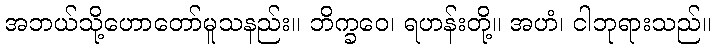
အဘယ်သို့ဟောတော်မူသနည်း။ ဘိက္ခဝေ၊ ရဟန်းတို့။ အဟံ၊ ငါဘုရားသည်။